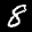
Label: 8